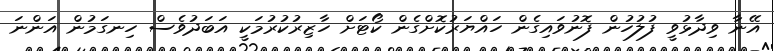
އޭނާ ވިދާޅުވީ ފުލުހުން ފޮނުވައިގެން ހައްޔަރުކޮށްގެން ކޯޓަށް ހާޒިރުކުރުމަކީ އަބަދުވެސް ހިނގަމުން އަންނަ